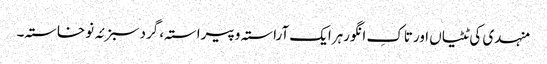
منہدی کی ٹٹیاں اورتاکِ انگورہرایک آراستہ وپیراستہ، گردسبزئہ نوخاستہ۔